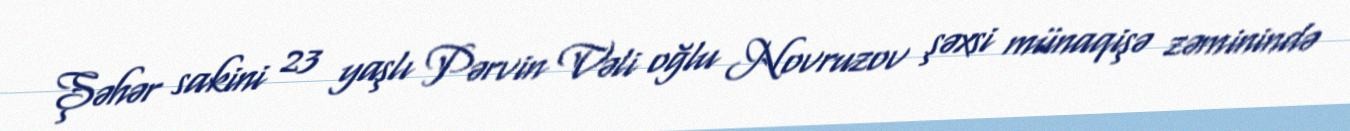
Şəhər sakini 23 yaşlı Pərvin Vəli oğlu Novruzov şəxsi münaqişə zəminində